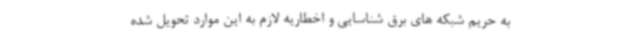
به حریم شبکه های برق شناسایی و اخطاریه لازم به این موارد تحویل شده